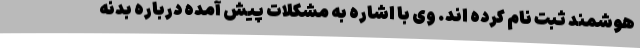
هوشمند ثبت نام کرده اند. وی با اشاره به مشکلات پیش آمده درباره بدنه